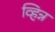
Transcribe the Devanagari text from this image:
व्हिन्न